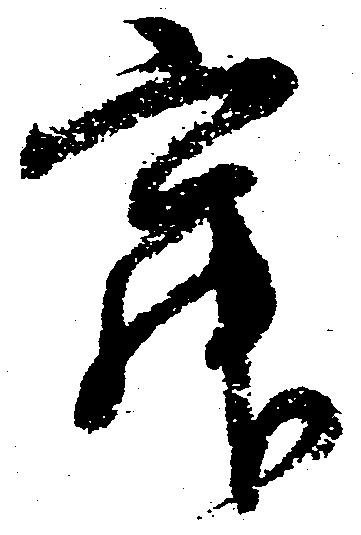
寂